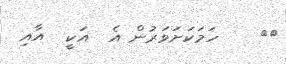
١٣    ހަމަކަށަވަރުން އެ  އަކީ  އާއި